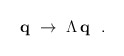
\begin{align*}{\bf q} ~ \rightarrow ~ \Lambda\,{\bf q}~~.\end{align*}